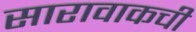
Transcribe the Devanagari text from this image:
सारावाकची